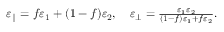
\begin{array} { r } { \varepsilon _ { \parallel } = f \varepsilon _ { 1 } + ( 1 - f ) \varepsilon _ { 2 } , \quad \varepsilon _ { \perp } = \frac { \varepsilon _ { 1 } \varepsilon _ { 2 } } { ( 1 - f ) \varepsilon _ { 1 } + f \varepsilon _ { 2 } } . } \end{array}